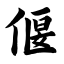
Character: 偃